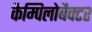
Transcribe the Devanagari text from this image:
कैम्पिलोबैक्टर